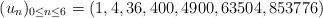
\begin{align*}(u_n)_{0\leq n\leq6} = (1, 4, 36, 400, 4900, 63504,853776)\end{align*}